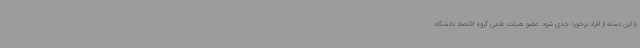
با این دسته از افراد برخورد جدی شود. عضو هیئت علمی گروه اقتصاد دانشگاه